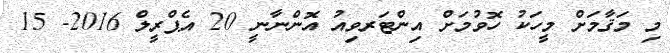
މި މަޤާމަށް މީހަކު ހޮވުމަށް އިންޓަރވިއު އޮންނާނީ 20 އެޕްރީލް 2016- 15